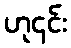
ဟု၎င်း